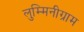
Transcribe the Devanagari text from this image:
लुम्मिनीग्राम